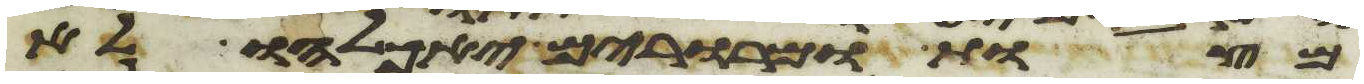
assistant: מצות ומררים יאכלהו לא